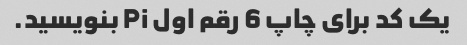
یک کد برای چاپ 6 رقم اول Pi بنویسید.